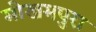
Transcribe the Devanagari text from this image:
मोखमपुरा